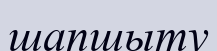
шапшыту